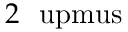
2 ~ \mathrm { \ u p m u s }